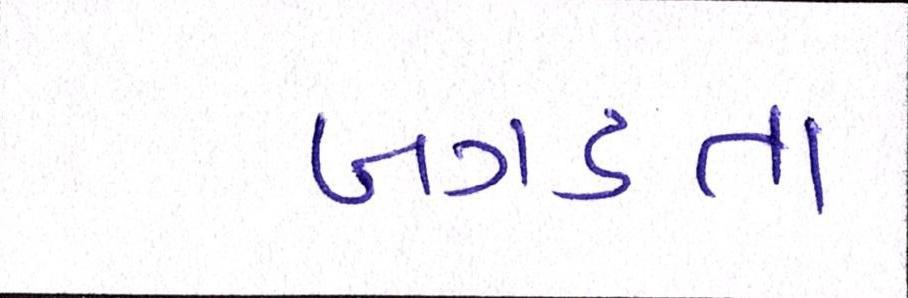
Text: બગડતા